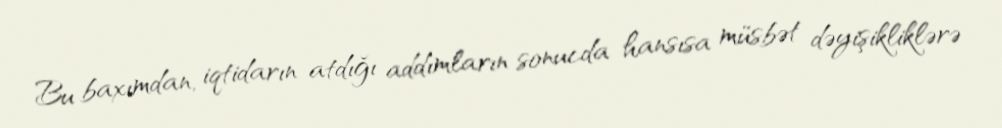
Bu baxımdan, iqtidarın atdığı addımların sonucda hansısa müsbət dəyişikliklərə